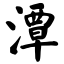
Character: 潭